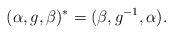
LaTeX: \begin{align*}(\alpha, g, \beta)^* = (\beta, g^{-1}, \alpha).\end{align*}